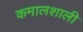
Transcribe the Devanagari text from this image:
कमालशाली